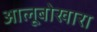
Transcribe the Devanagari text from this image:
आलूबोखारा